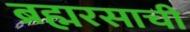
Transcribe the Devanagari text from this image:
ब्रह्मरसाची